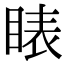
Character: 䁃